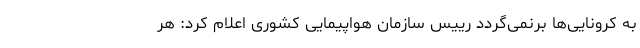
به کرونایی‌ها برنمی‌گردد رییس سازمان هواپیمایی کشوری اعلام کرد: هر